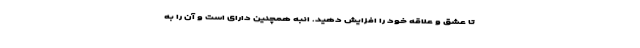
تا عشق و علاقه خود را افزایش دهید. انبه همچنین دارای است و آن را به